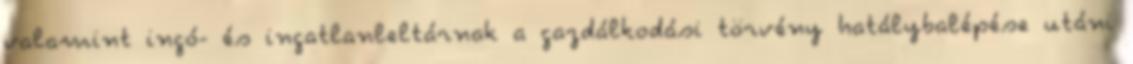
valamint ingó- és ingatlanleltárnak a gazdálkodási törvény hatálybalépése utáni